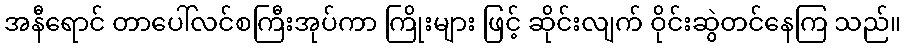
အနီရောင် တာပေါ်လင်စကြီးအုပ်ကာ ကြိုးများ ဖြင့် ဆိုင်းလျက် ဝိုင်းဆွဲတင်နေကြ သည်။